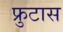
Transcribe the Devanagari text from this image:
फ्रुटास